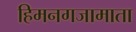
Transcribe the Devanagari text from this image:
हिमनगजामाता